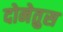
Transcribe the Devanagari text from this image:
दोनेतुस